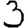
Digit: 3